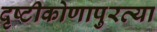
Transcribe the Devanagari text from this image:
दृष्टीकोणापुरत्या